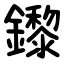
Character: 鑗